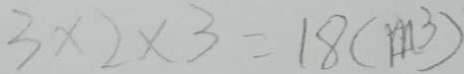
3 \times 2 \times 3 = 1 8 ( m ^ { 3 } )